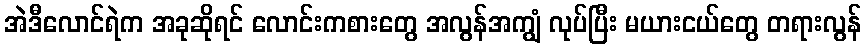
အဲဒီလောင်ရဲက အခုဆိုရင် လောင်းကစားတွေ အလွန်အကျွံ လုပ်ပြီး မယားငယ်တွေ တရားလွန်